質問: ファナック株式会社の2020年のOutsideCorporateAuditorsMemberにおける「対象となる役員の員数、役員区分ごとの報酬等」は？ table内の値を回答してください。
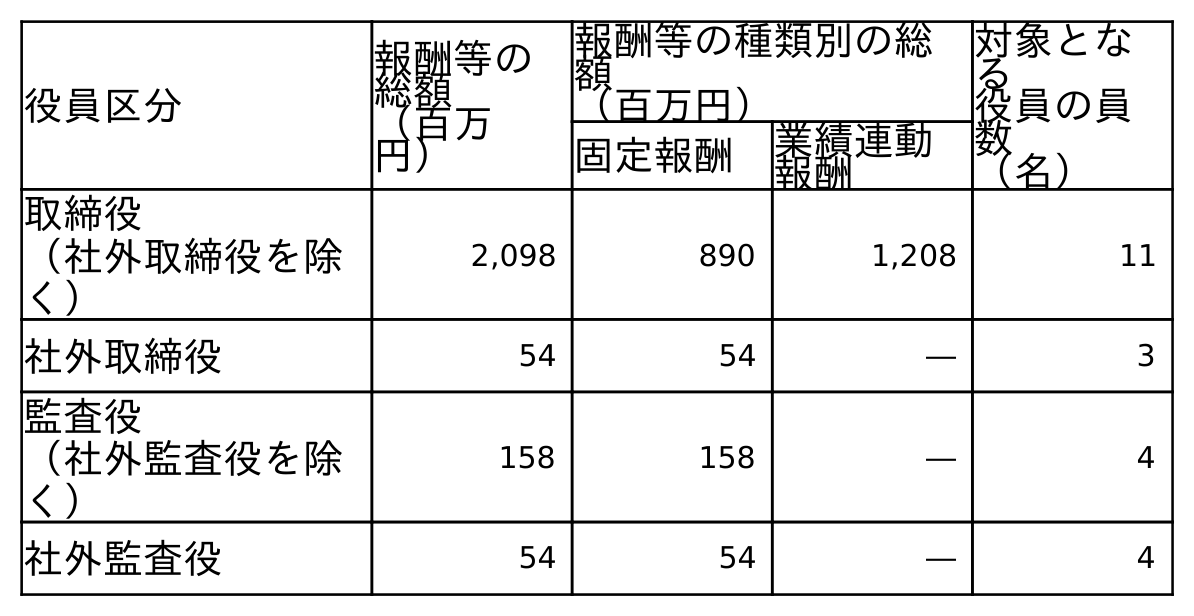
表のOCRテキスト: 役員区分 報酬等の 総額 （百万 円） 報酬等の種類別の総 額 （百万円） 対象とな る 役員の員 数 （名） 固定報酬 業績連動 報酬 取締役 （社外取締役を除 く） 2,098 890 1,208 11 社外取締役 54 54 ― 3 監査役 （社外監査役を除 く） 158 158 ― 4 社外監査役 54 54 ― 4
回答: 4